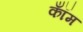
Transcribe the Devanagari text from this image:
कॉँम